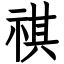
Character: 祺